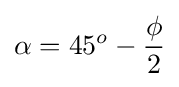
\alpha =45^{o}-{\frac {\phi }{2}}